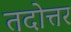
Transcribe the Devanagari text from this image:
तदोत्तर